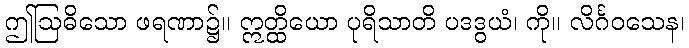
ဤဩဓိသော ဖရဏာ၌။ ဣတ္ထိယော ပုရိသာတိ ပဒဒွယံ၊ ကို။ လိင်္ဂဝသေန၊